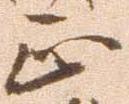
正